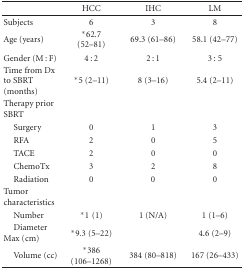
<table><thead><tr><td></td><td><b>HCC</b></td><td><b>IHC</b></td><td><b> LM</b></td></tr></thead><tbody><tr><td>Subjects</td><td> 6</td><td>3</td><td>8</td></tr><tr><td>Age (years)</td><td>*62.7 (52–81)</td><td> 69.3 (61–86)</td><td>58.1 (42–77)</td></tr><tr><td>Gender (M : F)</td><td>4 : 2</td><td>2 : 1</td><td>3 : 5</td></tr><tr><td>Time from Dx to SBRT (months)</td><td>*5 (2–11)</td><td>8 (3–16)</td><td>5.4 (2–11)</td></tr><tr><td>Therapy prior SBRT</td><td></td><td></td><td></td></tr><tr><td> Surgery</td><td>0</td><td>1</td><td>3</td></tr><tr><td> RFA</td><td>2</td><td> 0</td><td> 5</td></tr><tr><td> TACE</td><td>2</td><td> 0</td><td> 0</td></tr><tr><td> ChemoTx</td><td>3</td><td> 2</td><td>8</td></tr><tr><td> Radiation</td><td>0</td><td> 0</td><td>0</td></tr><tr><td>Tumor characteristics</td><td></td><td></td><td></td></tr><tr><td> Number</td><td>*1(1)</td><td> 1 (N/A)</td><td>1 (1–6)</td></tr><tr><td> Diameter Max (cm)</td><td>*9.3 (5–22)</td><td></td><td>4.6 (2–9)</td></tr><tr><td> Volume (cc)</td><td>*386 (106–1268)</td><td>384 (80–818)</td><td>167 (26–433)</td></tr></tbody></table>